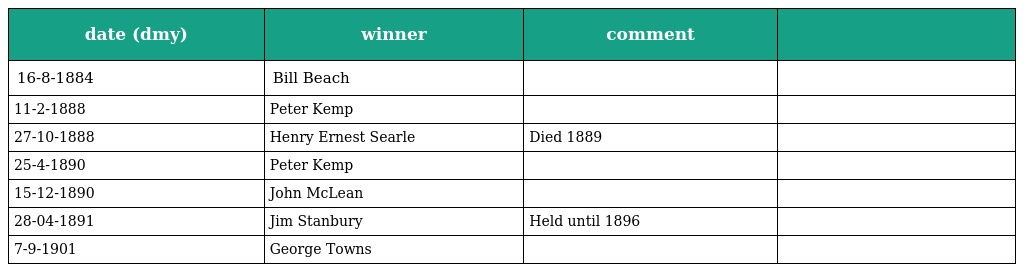
| date (dmy) | winner | comment |  |
 | --- | --- | --- | --- |
 | 16-8-1884 | Bill Beach |  |  |
 | 11-2-1888 | Peter Kemp |  |  |
 | 27-10-1888 | Henry Ernest Searle | Died 1889 |  |
 | 25-4-1890 | Peter Kemp |  |  |
 | 15-12-1890 | John McLean |  |  |
 | 28-04-1891 | Jim Stanbury | Held until 1896 |  |
 | 7-9-1901 | George Towns |  |  |